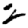
Digit: 2